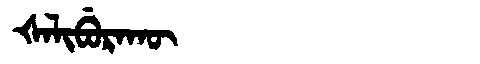
Manchu: ᡧᠠᠯᡳᠪᡠᡵᠠᡴᡡ
Romanization: ŠALIBURAKŪ